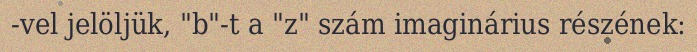
-vel jelöljük, "b"-t a "z" szám imaginárius részének: